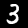
Digit: 3